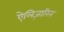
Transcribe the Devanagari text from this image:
ऐलिज़ारिन